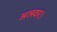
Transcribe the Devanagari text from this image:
अलवर।